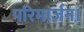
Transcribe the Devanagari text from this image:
परिमार्जन।